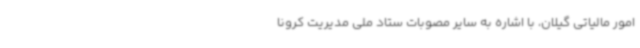
امور مالیاتی گیلان، با اشاره به سایر مصوبات ستاد ملی مدیریت کرونا